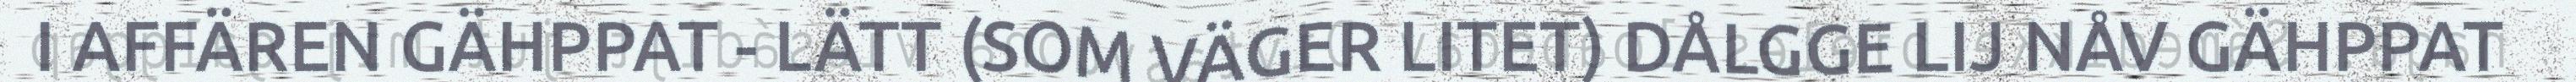
I AFFÄREN GÄHPPAT - LÄTT (SOM VÄGER LITET) DÅLGGE LIJ NÅV GÄHPPAT